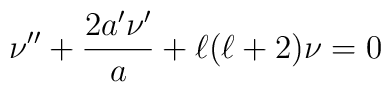
\nu''+\frac{2a'\nu'}{a}+\ell(\ell+2)\nu=0